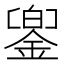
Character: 𨩁